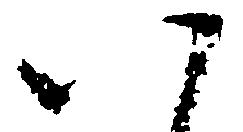
八